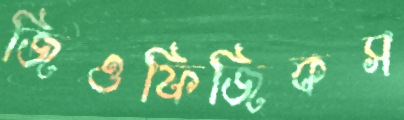
জিওফিজিকস